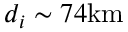
d _ { i } \sim 7 4 \mathrm { { k m } }